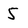
Character: 5